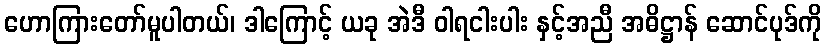
ဟောကြားတော်မူပါတယ်၊ ဒါကြောင့် ယခု အဲဒီ ဝါရငါးပါး နှင့်အညီ အဓိဋ္ဌာန် ဆောင်ပုဒ်ကို